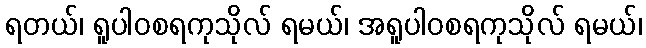
ရတယ်၊ ရူပါဝစရကုသိုလ် ရမယ်၊ အရူပါဝစရကုသိုလ် ရမယ်၊